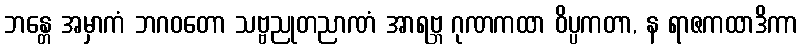
ဘန္တေ အမှာကံ ဘဂဝတော သဗ္ဗညုတညာဏံ အာရဗ္ဘ ဂုဏကထာ ဝိပ္ပကတာ, န ရာဇကထာဒိကာ